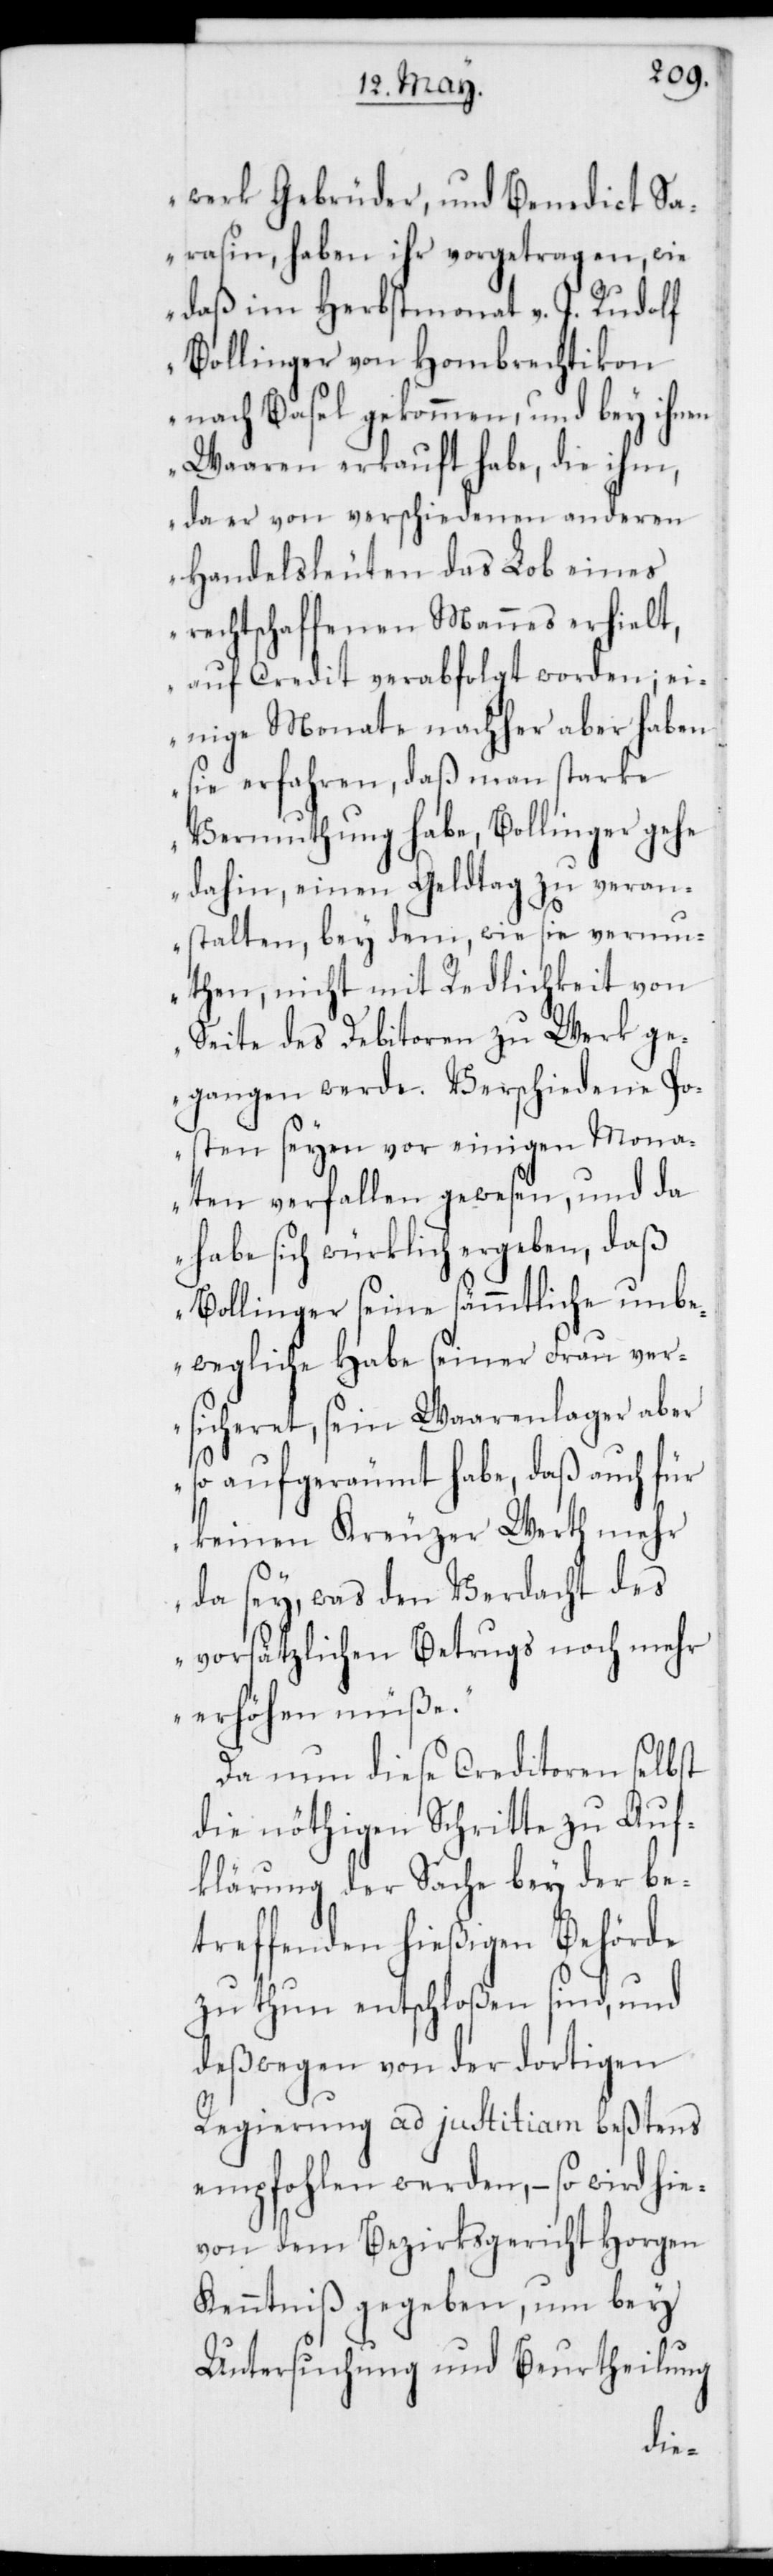
werk Gebrüder, und Bendict Sa¬
rasin, haben ihr vorgetragen, wie
daß im Herbstmonat v. J. Rudolf
Bollinger von Hombrechtikon
nach Basel gekommen, und bey ihnen
Waaren erkauft habe, die ihm,
da er von verschiedenen anderen
Handelsleuten das Lob eines
rechtschaffenen Mannes erhielt,
auf Credit verabfolgt worden; ei¬
nige Monate nachher aber haben
sie erfahren, daß man starke
Vermuthung habe, Bollinger gehe
dahin, einen Geldtag zu veran¬
stalten, bey dem, wie sie vermu¬
then, nicht mit Redlichkeit von
Seite des Debitoren zu Werk ge¬
gangen werde. Verschiedene Po¬
sten seyen vor einigen Mona¬
ten verfallen gewesen, und da
habe sich würklich ergeben, daß
Bollinger seine sämmtliche unbe¬
wegliche Habe seiner Frau ver¬
sicheret, sein Waarenlager aber
so aufgeräumt habe, daß auch für
keinen Kreuzer Werth mehr
da sey, was den Verdacht des
vorsätzlichen Betrugs noch mehr
erhöhen müße“.
Da nun diese Creditoren selbst
die nöthigen Schritte zu Auf¬
klärung der Sache bey der be¬
treffenden hießigen Behörde
zu thun entschloßen sind, und
deßwegen von der dortigen
Regierung ad justitiam beßtens
empfohlen werden, – so wird hie¬
von dem Bezirksgericht Horgen
Kenntniß gegeben, um bey
Untersuchung und Beurtheilung